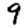
Digit: 9